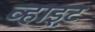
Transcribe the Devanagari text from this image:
व्हाइ़ट